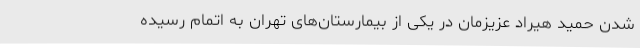
شدن حمید هیراد عزیزمان در یکی از بیمارستان‌های تهران به اتمام رسیده